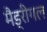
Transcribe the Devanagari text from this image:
मैड्रीगल